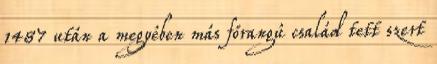
1487 után a megyében más főrangú család tett szert